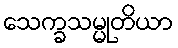
သေက္ခသမ္မုတိယာ